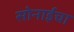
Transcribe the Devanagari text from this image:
सोनाईचा